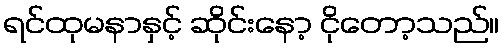
ရင်ထုမနာနှင့် ဆိုင်းနော့ ငိုတော့သည်။